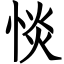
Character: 惔